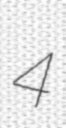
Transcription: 4